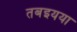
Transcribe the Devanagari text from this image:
तबइयया